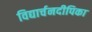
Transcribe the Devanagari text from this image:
विद्यार्चनदीपिका